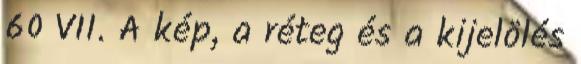
60 VII. A kép, a réteg és a kijelölés